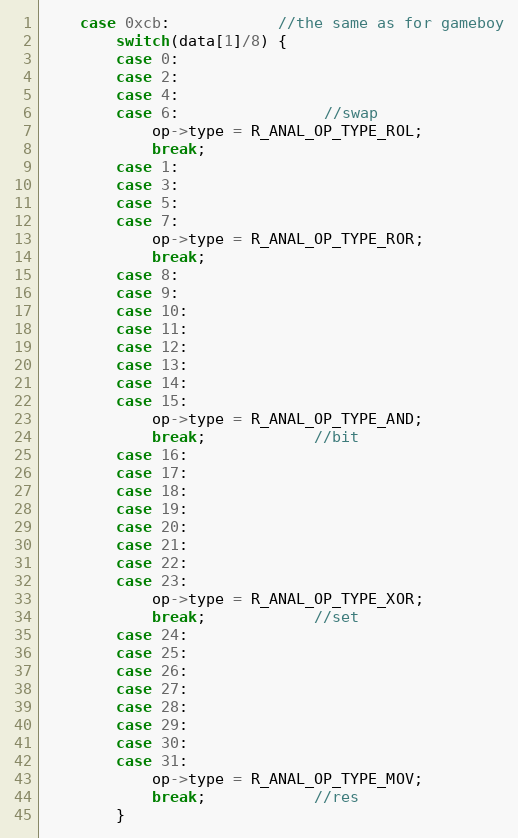
Language: C
	case 0xcb:			//the same as for gameboy
		switch(data[1]/8) {
		case 0:
		case 2:
		case 4:
		case 6:				//swap
			op->type = R_ANAL_OP_TYPE_ROL;
			break;
		case 1:
		case 3:
		case 5:
		case 7:
			op->type = R_ANAL_OP_TYPE_ROR;
			break;
		case 8:
		case 9:
		case 10:
		case 11:
		case 12:
		case 13:
		case 14:
		case 15:
			op->type = R_ANAL_OP_TYPE_AND;
			break;			//bit
		case 16:
		case 17:
		case 18:
		case 19:
		case 20:
		case 21:
		case 22:
		case 23:
			op->type = R_ANAL_OP_TYPE_XOR;
			break;			//set
		case 24:
		case 25:
		case 26:
		case 27:
		case 28:
		case 29:
		case 30:
		case 31:
			op->type = R_ANAL_OP_TYPE_MOV;
			break;			//res
		}